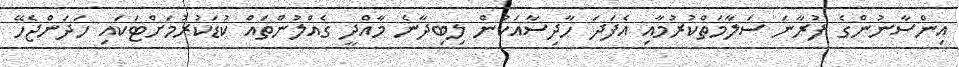
އިންސާނުންގެ ފުރާނަ ސަލާމަތްކުރުމާއި އެފަދަ ހާދިސާއަކުން ލިބިދާނެ މާއްދީ ގެއްލުންތައް ކުޑަކުރުމަށްޓަކައި ހަދަންޖެހޭ